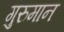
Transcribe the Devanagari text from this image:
गुरुमान